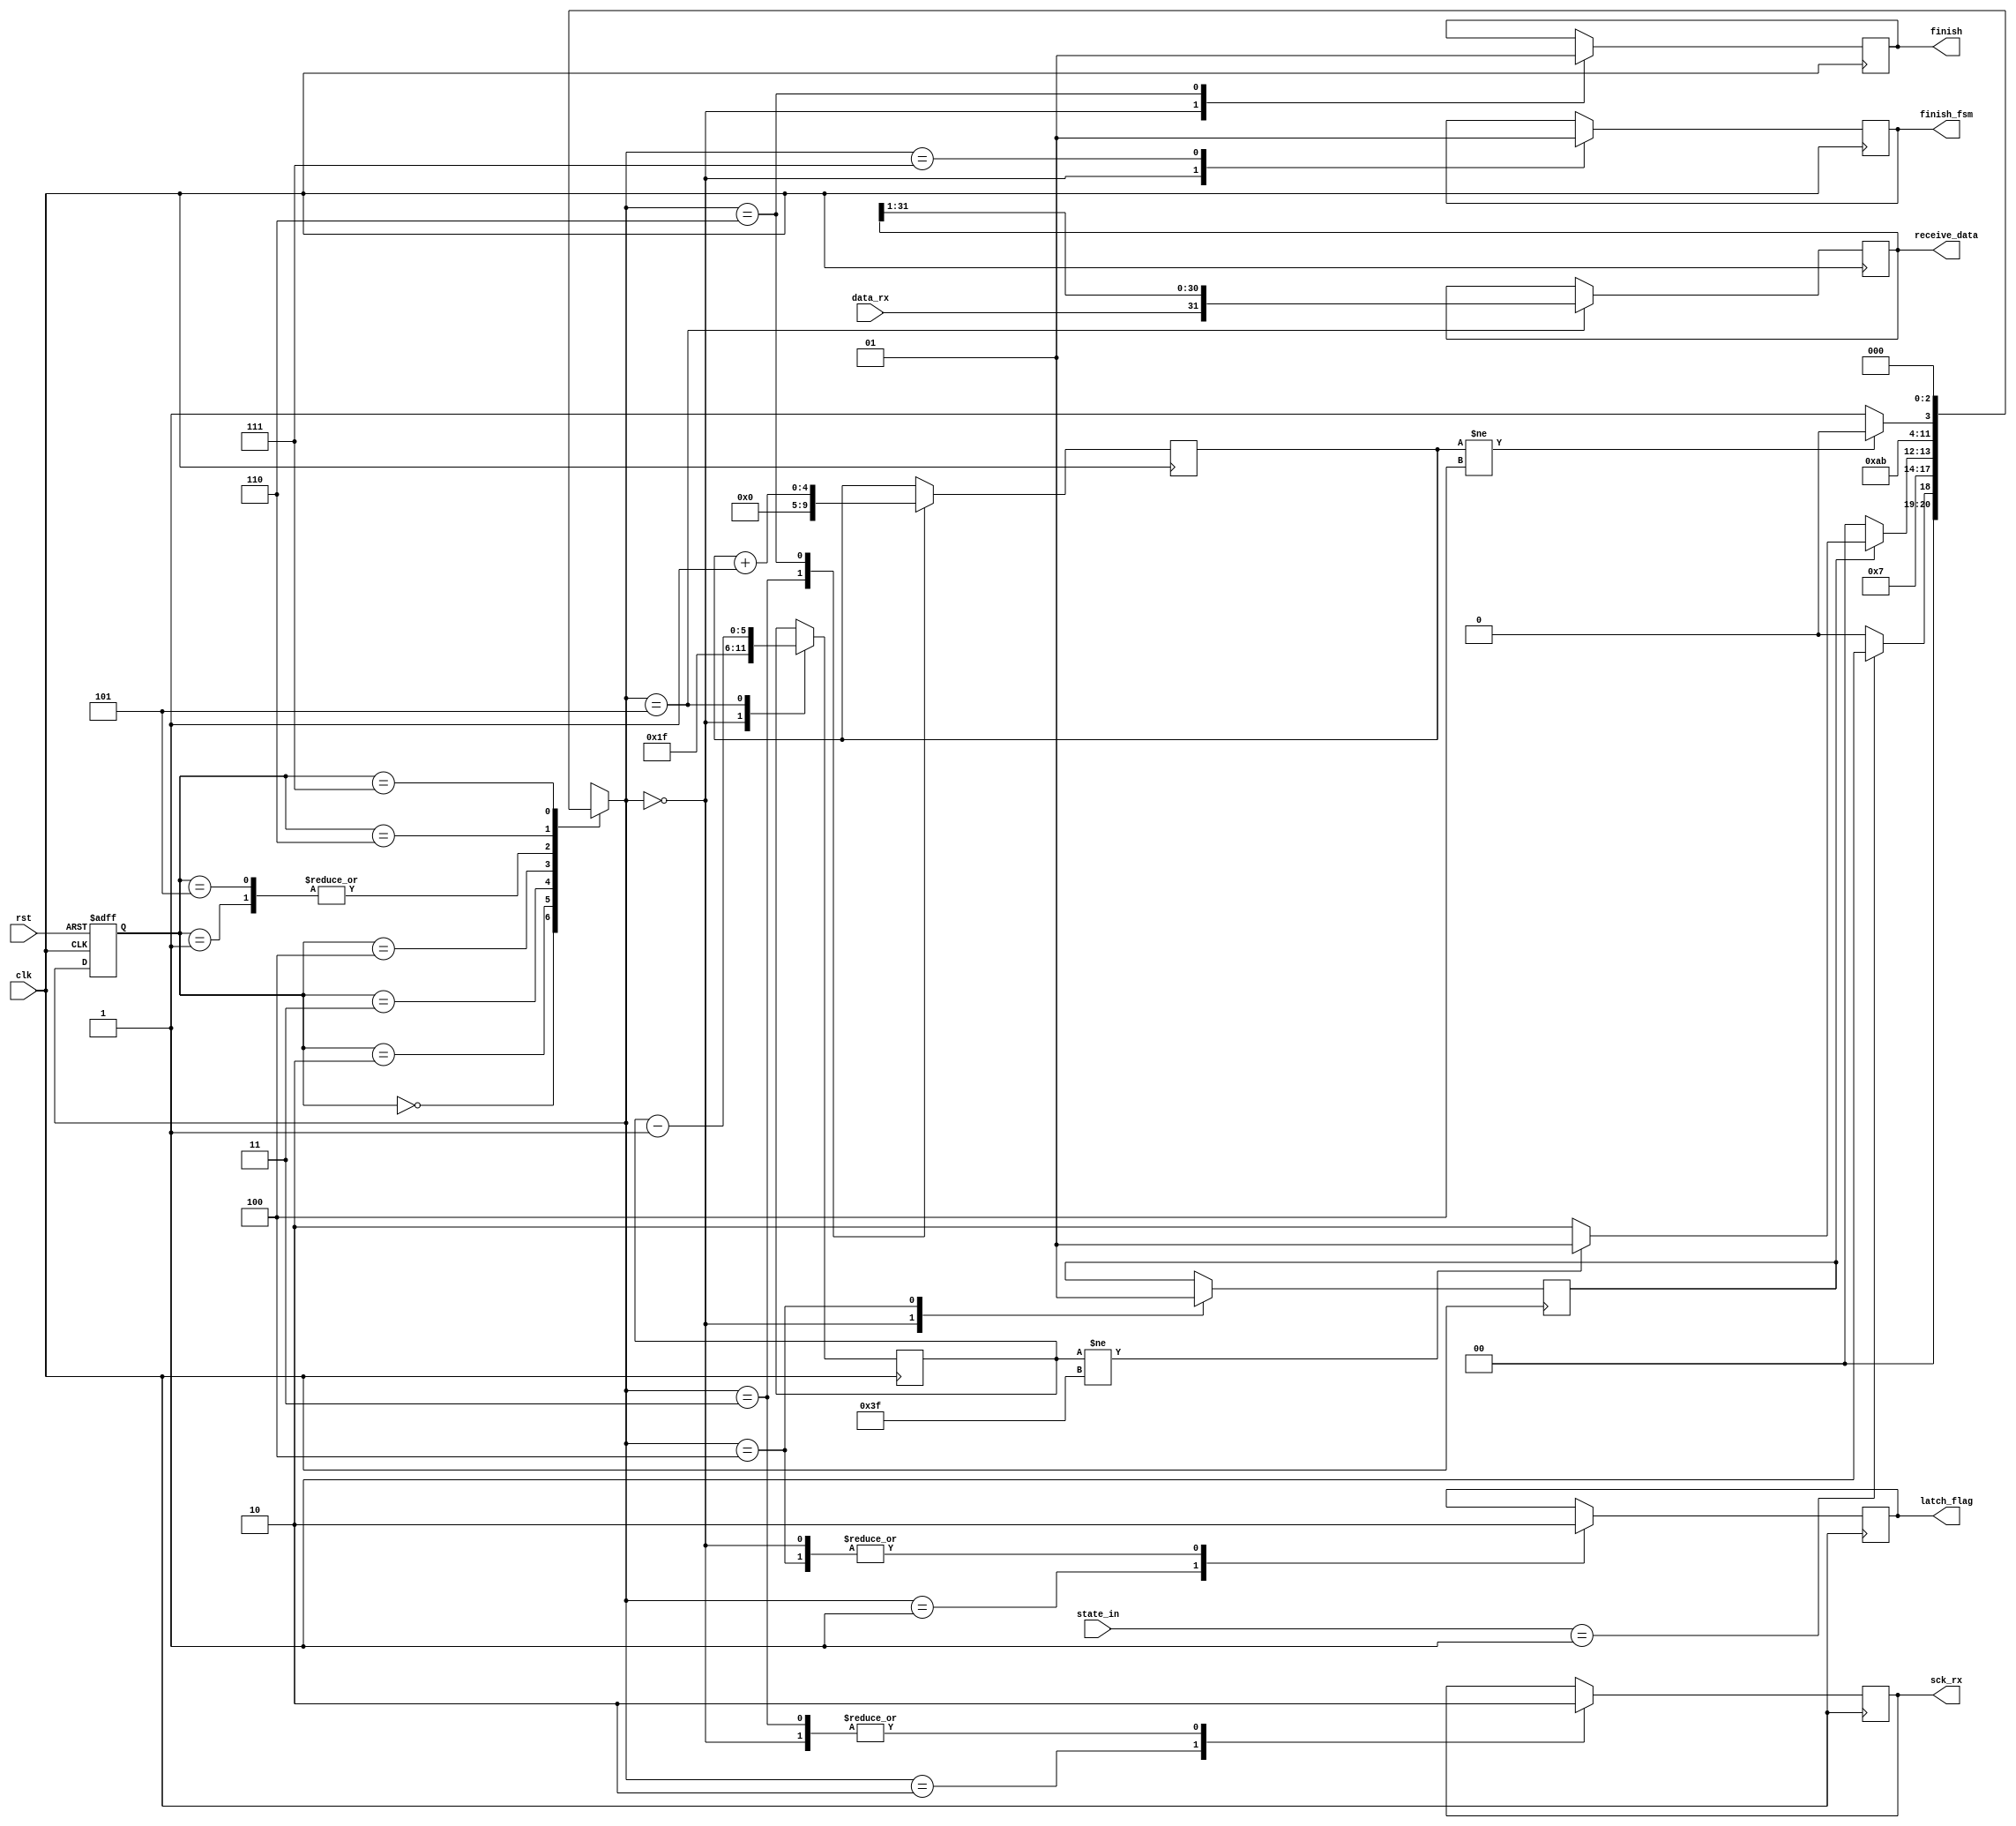
module rx_fsm
#(
	parameter DATA_WIDTH_BASE = 5
)
(
	input [1:0] state_in,
	input clk,
	input rst,
	input data_rx,
	output [2 ** DATA_WIDTH_BASE - 1:0] receive_data,
	output reg sck_rx,
	output reg latch_flag,
	output reg finish,
	output reg finish_fsm
);

	localparam [2:0] FSM_IDLE = 0;
	localparam [2:0] FSM_LATCH_1 = 1;
	localparam [2:0] FSM_SCK_RX_1 = 2;
	localparam [2:0] FSM_SCK_RX_0 = 3;
	localparam [2:0] FSM_LATCH_0 = 4;
	localparam [2:0] FSM_READ_BIT = 5;
	localparam [2:0] FSM_FINISH = 6;
	localparam [2:0] FSM_END_PULSE = 7;
	
	reg [2:0] state;
	reg [2:0] next_state;
	
	reg first_time;
	reg [DATA_WIDTH_BASE:0] cnt;
	reg [DATA_WIDTH_BASE - 1:0] cnt_delay;
	reg [2 ** DATA_WIDTH_BASE - 1:0] receive_data_reg;
	
	assign receive_data = receive_data_reg;
	
	always@*
	case (state)
	FSM_IDLE:
		if (state_in == 1) next_state = FSM_LATCH_1;
		else next_state = FSM_IDLE;
	FSM_LATCH_1:
		next_state = FSM_SCK_RX_1;
	FSM_SCK_RX_1:
		next_state = FSM_SCK_RX_0;
	FSM_SCK_RX_0:
		if (!first_time) next_state = FSM_LATCH_0;
		else if (cnt != 2 ** (DATA_WIDTH_BASE + 1) - 1) next_state = FSM_READ_BIT;
		else next_state = FSM_FINISH;
	FSM_LATCH_0:
		next_state = FSM_READ_BIT;
	FSM_READ_BIT:
		next_state = FSM_SCK_RX_1;
	FSM_FINISH:
		if (cnt_delay != 4) next_state = FSM_FINISH;
		else next_state = FSM_END_PULSE;
	FSM_END_PULSE:
		next_state = FSM_IDLE;
	default:
		next_state = FSM_IDLE;
	endcase

	
	// output logic
	always@ (posedge clk)
	case (next_state)
	FSM_IDLE:
	begin
		sck_rx <= 0;
		latch_flag <= 0;
		first_time <= 0;
		cnt <= 2 ** DATA_WIDTH_BASE - 1;
		finish <= 0;
		finish_fsm <= 0;
	end
	FSM_LATCH_1:
		latch_flag <= 1;
	FSM_SCK_RX_1:
		sck_rx <= 1;
	FSM_SCK_RX_0:
	begin
		sck_rx <= 0;
		cnt_delay <= 0;
	end
	FSM_LATCH_0:
	begin
		first_time <= 1;
		latch_flag <= 0;
	end
	FSM_READ_BIT:
	begin
		receive_data_reg <= {data_rx, receive_data_reg[2 ** DATA_WIDTH_BASE - 1:1]};
		cnt <= cnt - 1;
	end		
	FSM_FINISH:
	begin
		finish <= 1;
		cnt_delay <= cnt_delay + 1;
	end
	FSM_END_PULSE:
		finish_fsm <= 1;
	default:
	begin
		sck_rx <= 0;
		latch_flag <= 0;
		first_time <= 0;
		cnt <= 2 ** DATA_WIDTH_BASE - 1;
		finish <= 0;
		finish_fsm <= 0;
	end
	endcase
	
	
	// state register
	always@(posedge clk or negedge rst)
	if (!rst)
		state <= FSM_IDLE;
	else
		state <= next_state;

endmodule